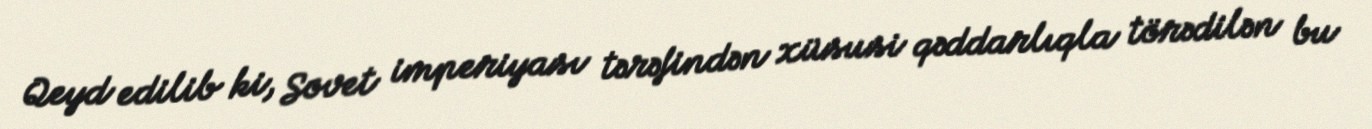
Qeyd edilib ki, Sovet imperiyası tərəfindən xüsusi qəddarlıqla törədilən bu